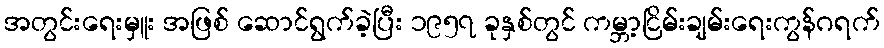
အတွင်းရေးမှူး အဖြစ် ဆောင်ရွက်ခဲ့ပြီး ၁၉၅၇ ခုနှစ်တွင် ကမ္ဘာ့ငြိမ်းချမ်းရေးကွန်ဂရက်